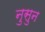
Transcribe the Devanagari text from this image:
नुसुन